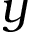
y